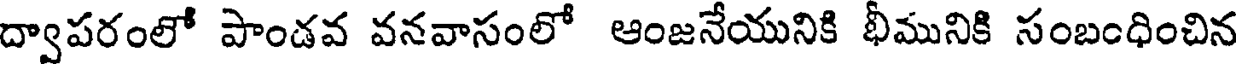
ద్వాపరంలో పాండవ వనవాసంలో ఆంజనేయునికి భీమునికి సంబంధించిన